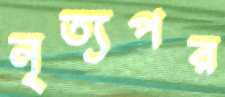
নৃত্যপর